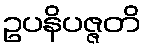
ဥပနိပဇ္ဇတိ